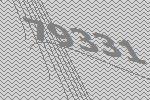
79331